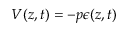
V ( z , t ) = - p \epsilon ( z , t )